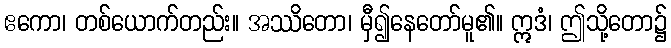
ဧကော၊ တစ်ယောက်တည်း။ အဿိတော၊ မှီ၍နေတော်မူ၏။ ဣဒံ၊ ဤသို့တော၌